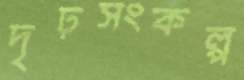
দৃঢ়সংকল্প